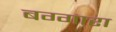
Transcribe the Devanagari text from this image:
बग्गारा